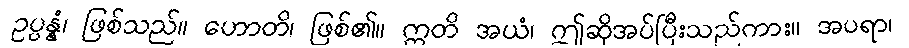
ဥပ္ပန္နံ၊ ဖြစ်သည်။ ဟောတိ၊ ဖြစ်၏။ ဣတိ အယံ၊ ဤဆိုအပ်ပြီးသည်ကား။ အပရာ၊